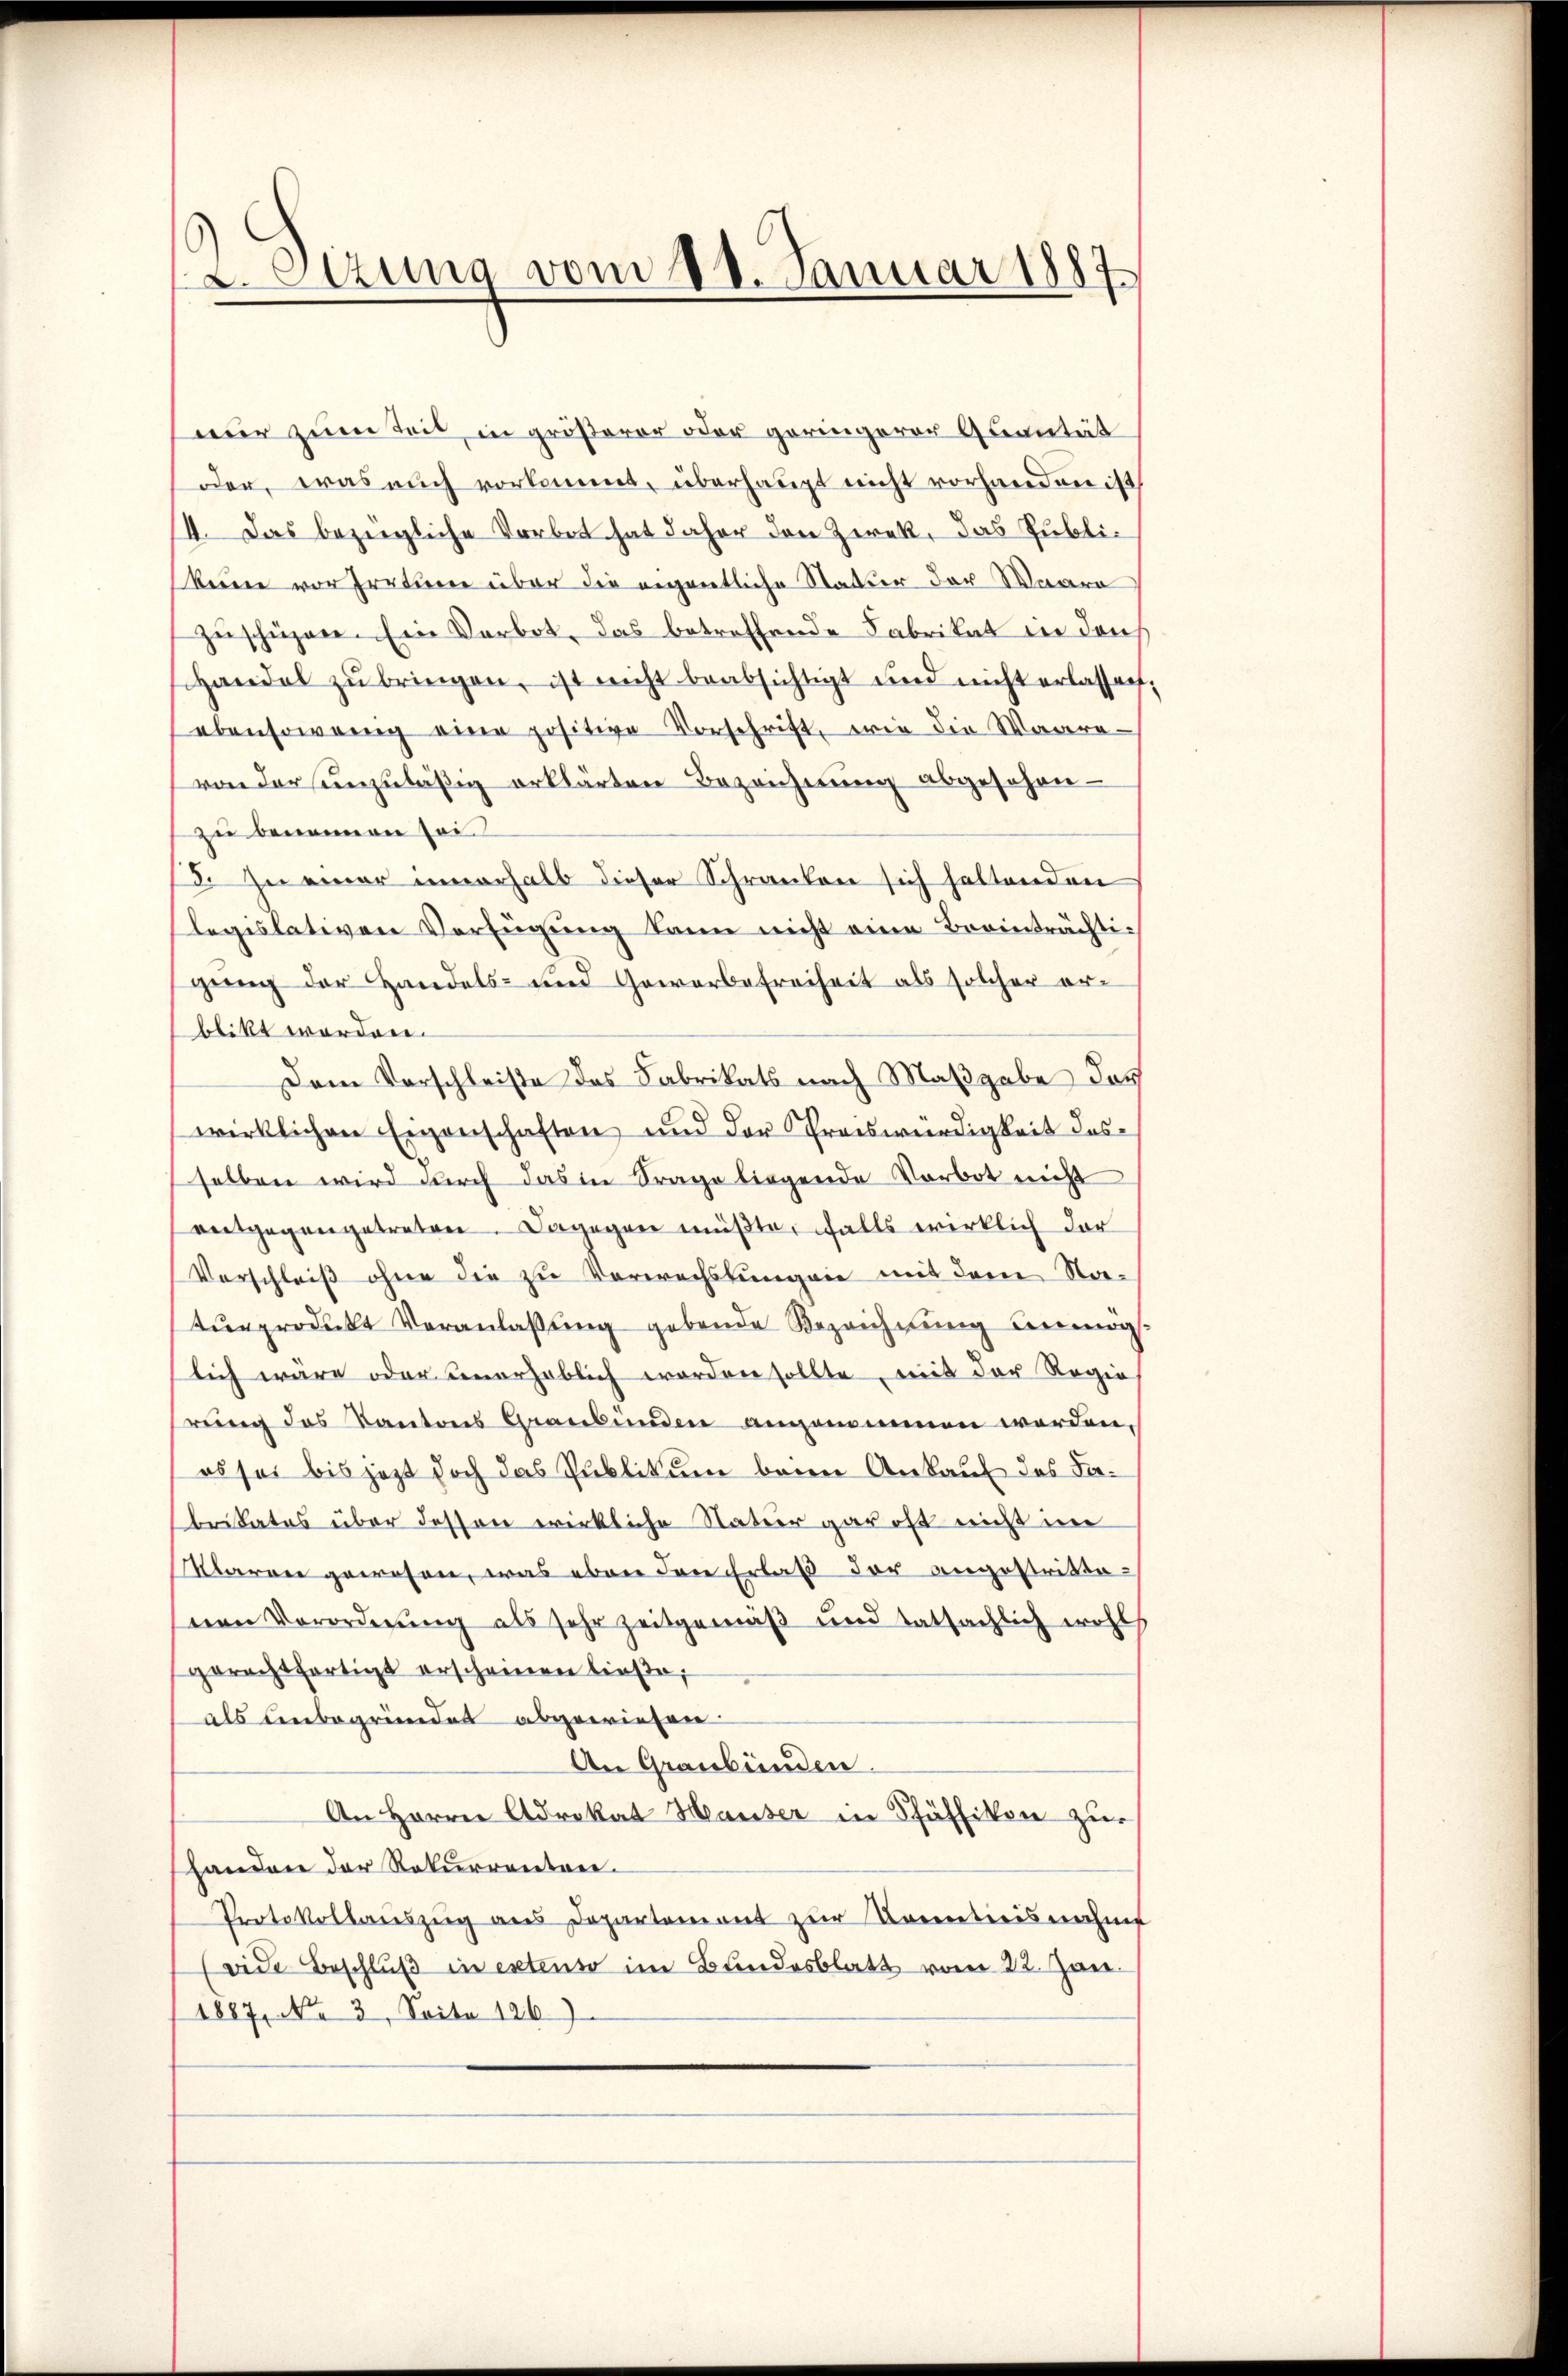
Sizung vom 10. Januar 1887

wir zum Zeit, in größerer oder geringerer Quantät
oder, was auch vorkommt, überhaupt nicht vorhanden ist
14. Das bezügliche Vorbot hat daher den Zerek, das Publikeine vor Irrtum über die eigentliche Statter der Waare
zuschüzere. Ein Verbot, das betreffende Fabrikat in dans
Handel zŭ bringen, ist nicht beabsichtigt und nicht erlassen
ebensowenig eine positive Vorschrift, wie die Waara-
von der unzuläßig erklärten Bezeichnung abgesehenzu benennen soi
3. Zu einer innerhalb dieser Schranken sich haltenden
legislativen Verfügŭng kann nicht eine Breinträchtigung der Handels- und Gewerbefreiheit als solcher erblikt worden.
Dem Vorschleise des Fabrikats nach Maßgabe das
wirklichen Eigenschaften und der Preiswürdigkeit desselben wird durch das in Frage liegende Vorbot nicht
entgegengetreten. Dagegen müßte, falls wirklich der
Vorschleiß ohne die zu Verwechslungen mit dem Natŭrprodukt Veranlaβŭng gebende Bezeichnŭng unmög-
lich wäre oder unerheblich worden sollte, mit der Regie
rung des Kantons Graubünden angenommen werden,
es sei bis jetzt doch das Publikum beim Ankauf des Fabrikates über dessen wirkliche Natur gar oft nicht im
Klaren gewesen, was eben den Erlaß der angestrittenen Verordnung als sehr zeitgemäß und tatsächlich wohl
gerechtfertigt erscheinen ließe;
als unbegründet abgewiesen.
An Graubünden.
An Herrn Adrikat Hauser in Pfäffikon zu
Handen der Rekurrentree.
Portokollauszug aus Departement zur Kenntnisnahms
ide Beschlŭβ in extenso im Bundesblatt vom 22. Jan.
1887, No 3. Seite 126)